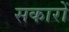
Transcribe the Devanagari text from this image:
सकारों